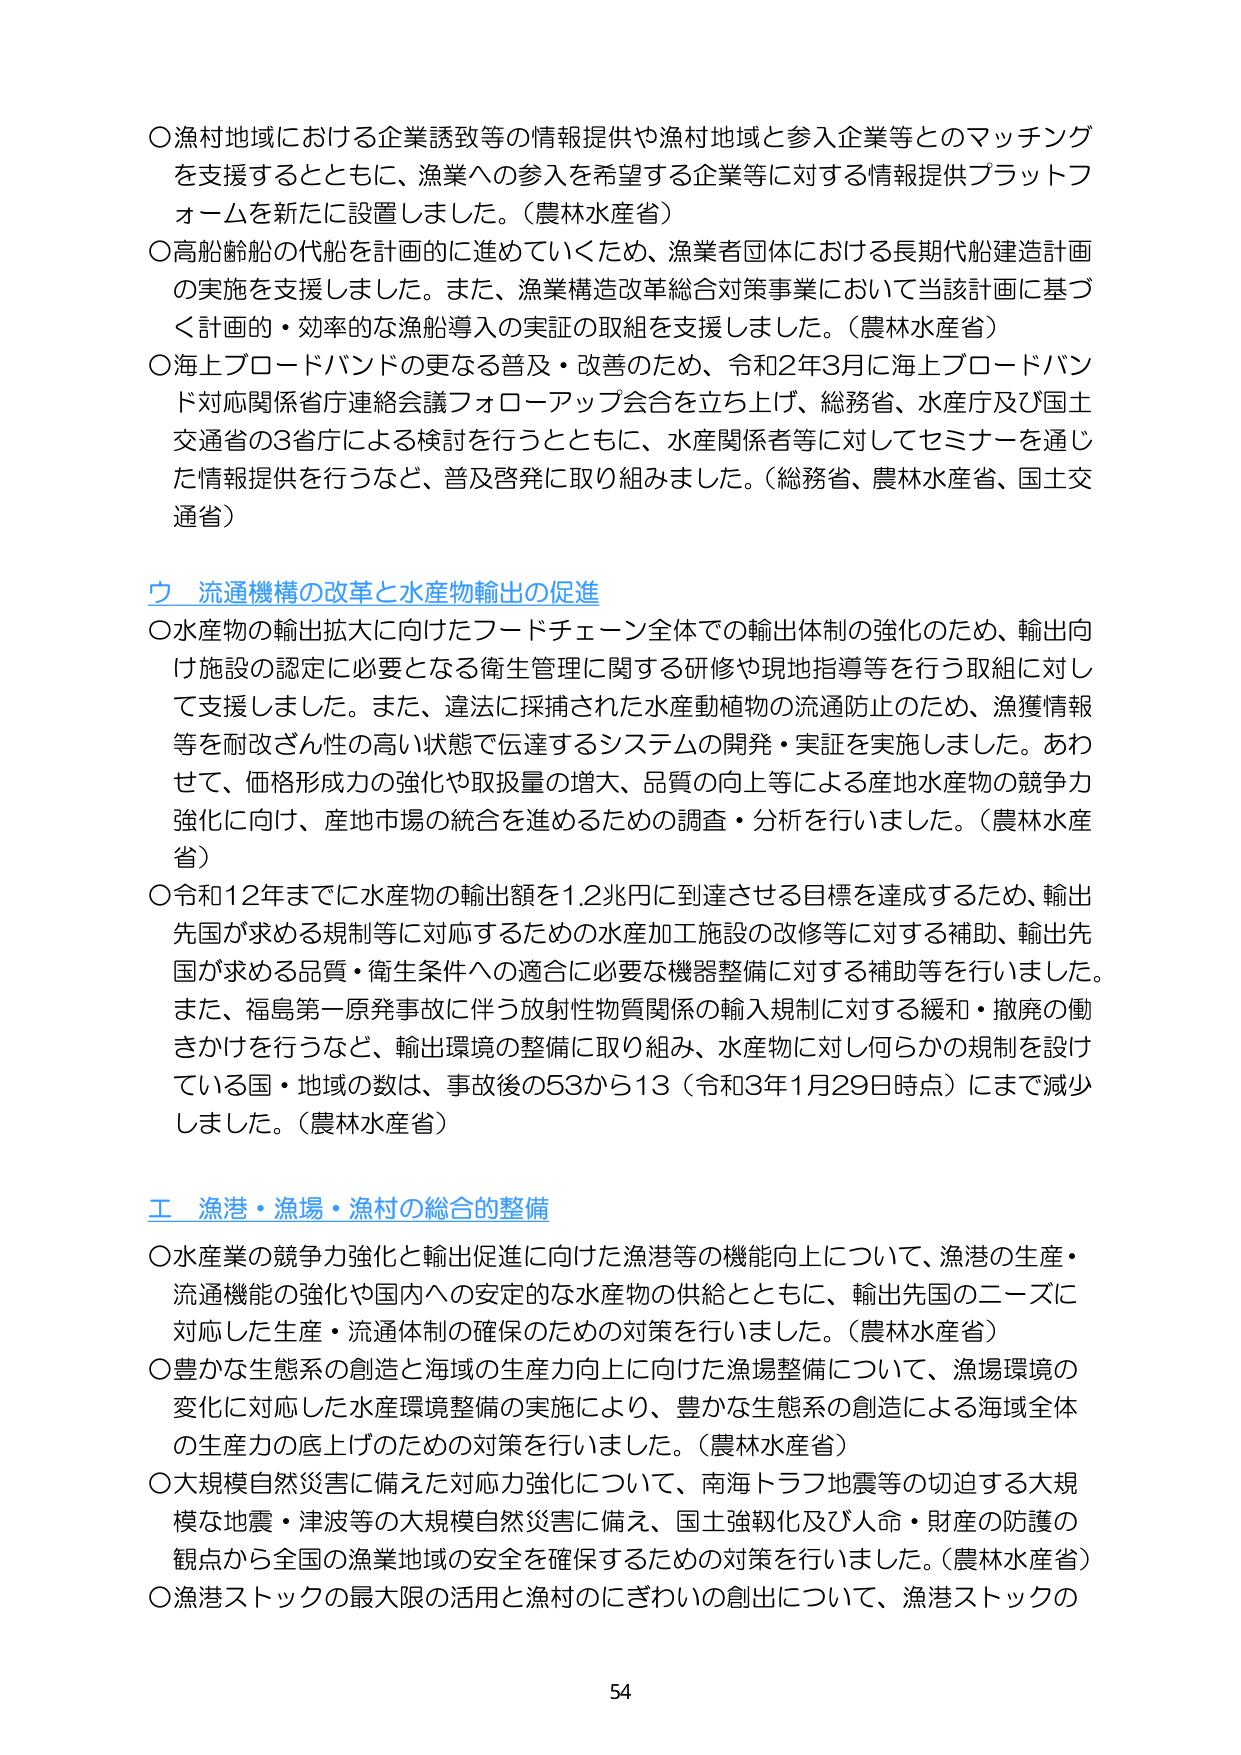
○漁村地域における企業誘致等の情報提供や漁村地域と参入企業等とのマッチングを支援するとともに、漁業への参入を希望する企業等に対する情報提供プラットフォームを新たに設置しました。（農林水産省）
○高齢船の代船を計画的に進めていくため、漁業者団体における長期代船建造計画の実施を支援しました。また、漁業構造改革総合対策事業において当該計画に基づく計画的・効率的な漁船導入の実証の取組を支援しました。（農林水産省）
○海上ブロードバンドの更なる普及・改善のため、令和2年3月に海上ブロードバンド対応関係省庁連絡会議フォローアップ会合を立ち上げ、総務省、水産庁及び国土交通省の3省庁による検討を行うとともに、水産関係者等に対してセミナーを通じた情報提供を行うなど、普及啓発に取り組みました。（総務省、農林水産省、国土交通省）

**ウ 流通機構の改革と水産物輸出の促進**
○水産物の輸出拡大に向けたフードチェーン全体での輸出体制の強化のため、輸出向け施設の認定に必要となる衛生管理に関する研修や現地指導等を行う取組に対して支援しました。また、違法に採捕された水産動植物の流通防止のため、漁獲情報等を耐改ざん性の高い状態で伝達するシステムの開発・実証を実施しました。あわせて、価格形成力の強化や取扱量の増大、品質の向上等による産地水産物の競争力強化に向け、産地市場の統合を進めるための調査・分析を行いました。（農林水産省）
○令和12年までに水産物の輸出額を1.2兆円に到達させる目標を達成するため、輸出先国が求める規制等に対応するための水産加工施設の改修等に対する補助、輸出先国が求める品質・衛生条件への適合に必要な機器整備に対する補助等を行いました。また、福島第一原発事故に伴う放射性物質関係の輸入規制に対する緩和・撤廃の働きかけを行うなど、輸出環境の整備に取り組み、水産物に対し何らかの規制を設けている国・地域の数は、事故後の53から13（令和3年1月29日時点）にまで減少しました。（農林水産省）

**エ 漁港・漁場・漁村の総合的整備**
○水産業の競争力強化と輸出促進に向けた漁港等の機能向上について、漁港の生産・流通機能の強化や国内への安定的な水産物の供給とともに、輸出先国のニーズに対応した生産・流通体制の確保のための対策を行いました。（農林水産省）
○豊かな生態系の創造と海域の生産力向上に向けた漁場整備について、漁場環境の変化に対応した水産環境整備の実施により、豊かな生態系の創造による海域全体の生産力の底上げのための対策を行いました。（農林水産省）
○大規模自然災害に備えた対応力強化について、南海トラフ地震等の切迫する大規模な地震・津波等の大規模自然災害に備え、国土強靭化及び人命・財産の防護の観点から全国の漁業地域の安全を確保するための対策を行いました。（農林水産省）
○漁港ストックの最大限の活用と漁村のにぎわいの創出について、漁港ストックの

54